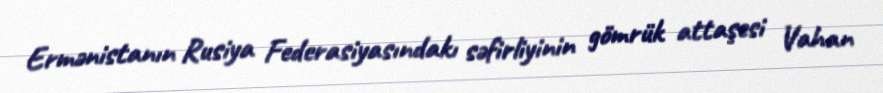
Ermənistanın Rusiya Federasiyasındakı səfirliyinin gömrük attaşesi Vahan